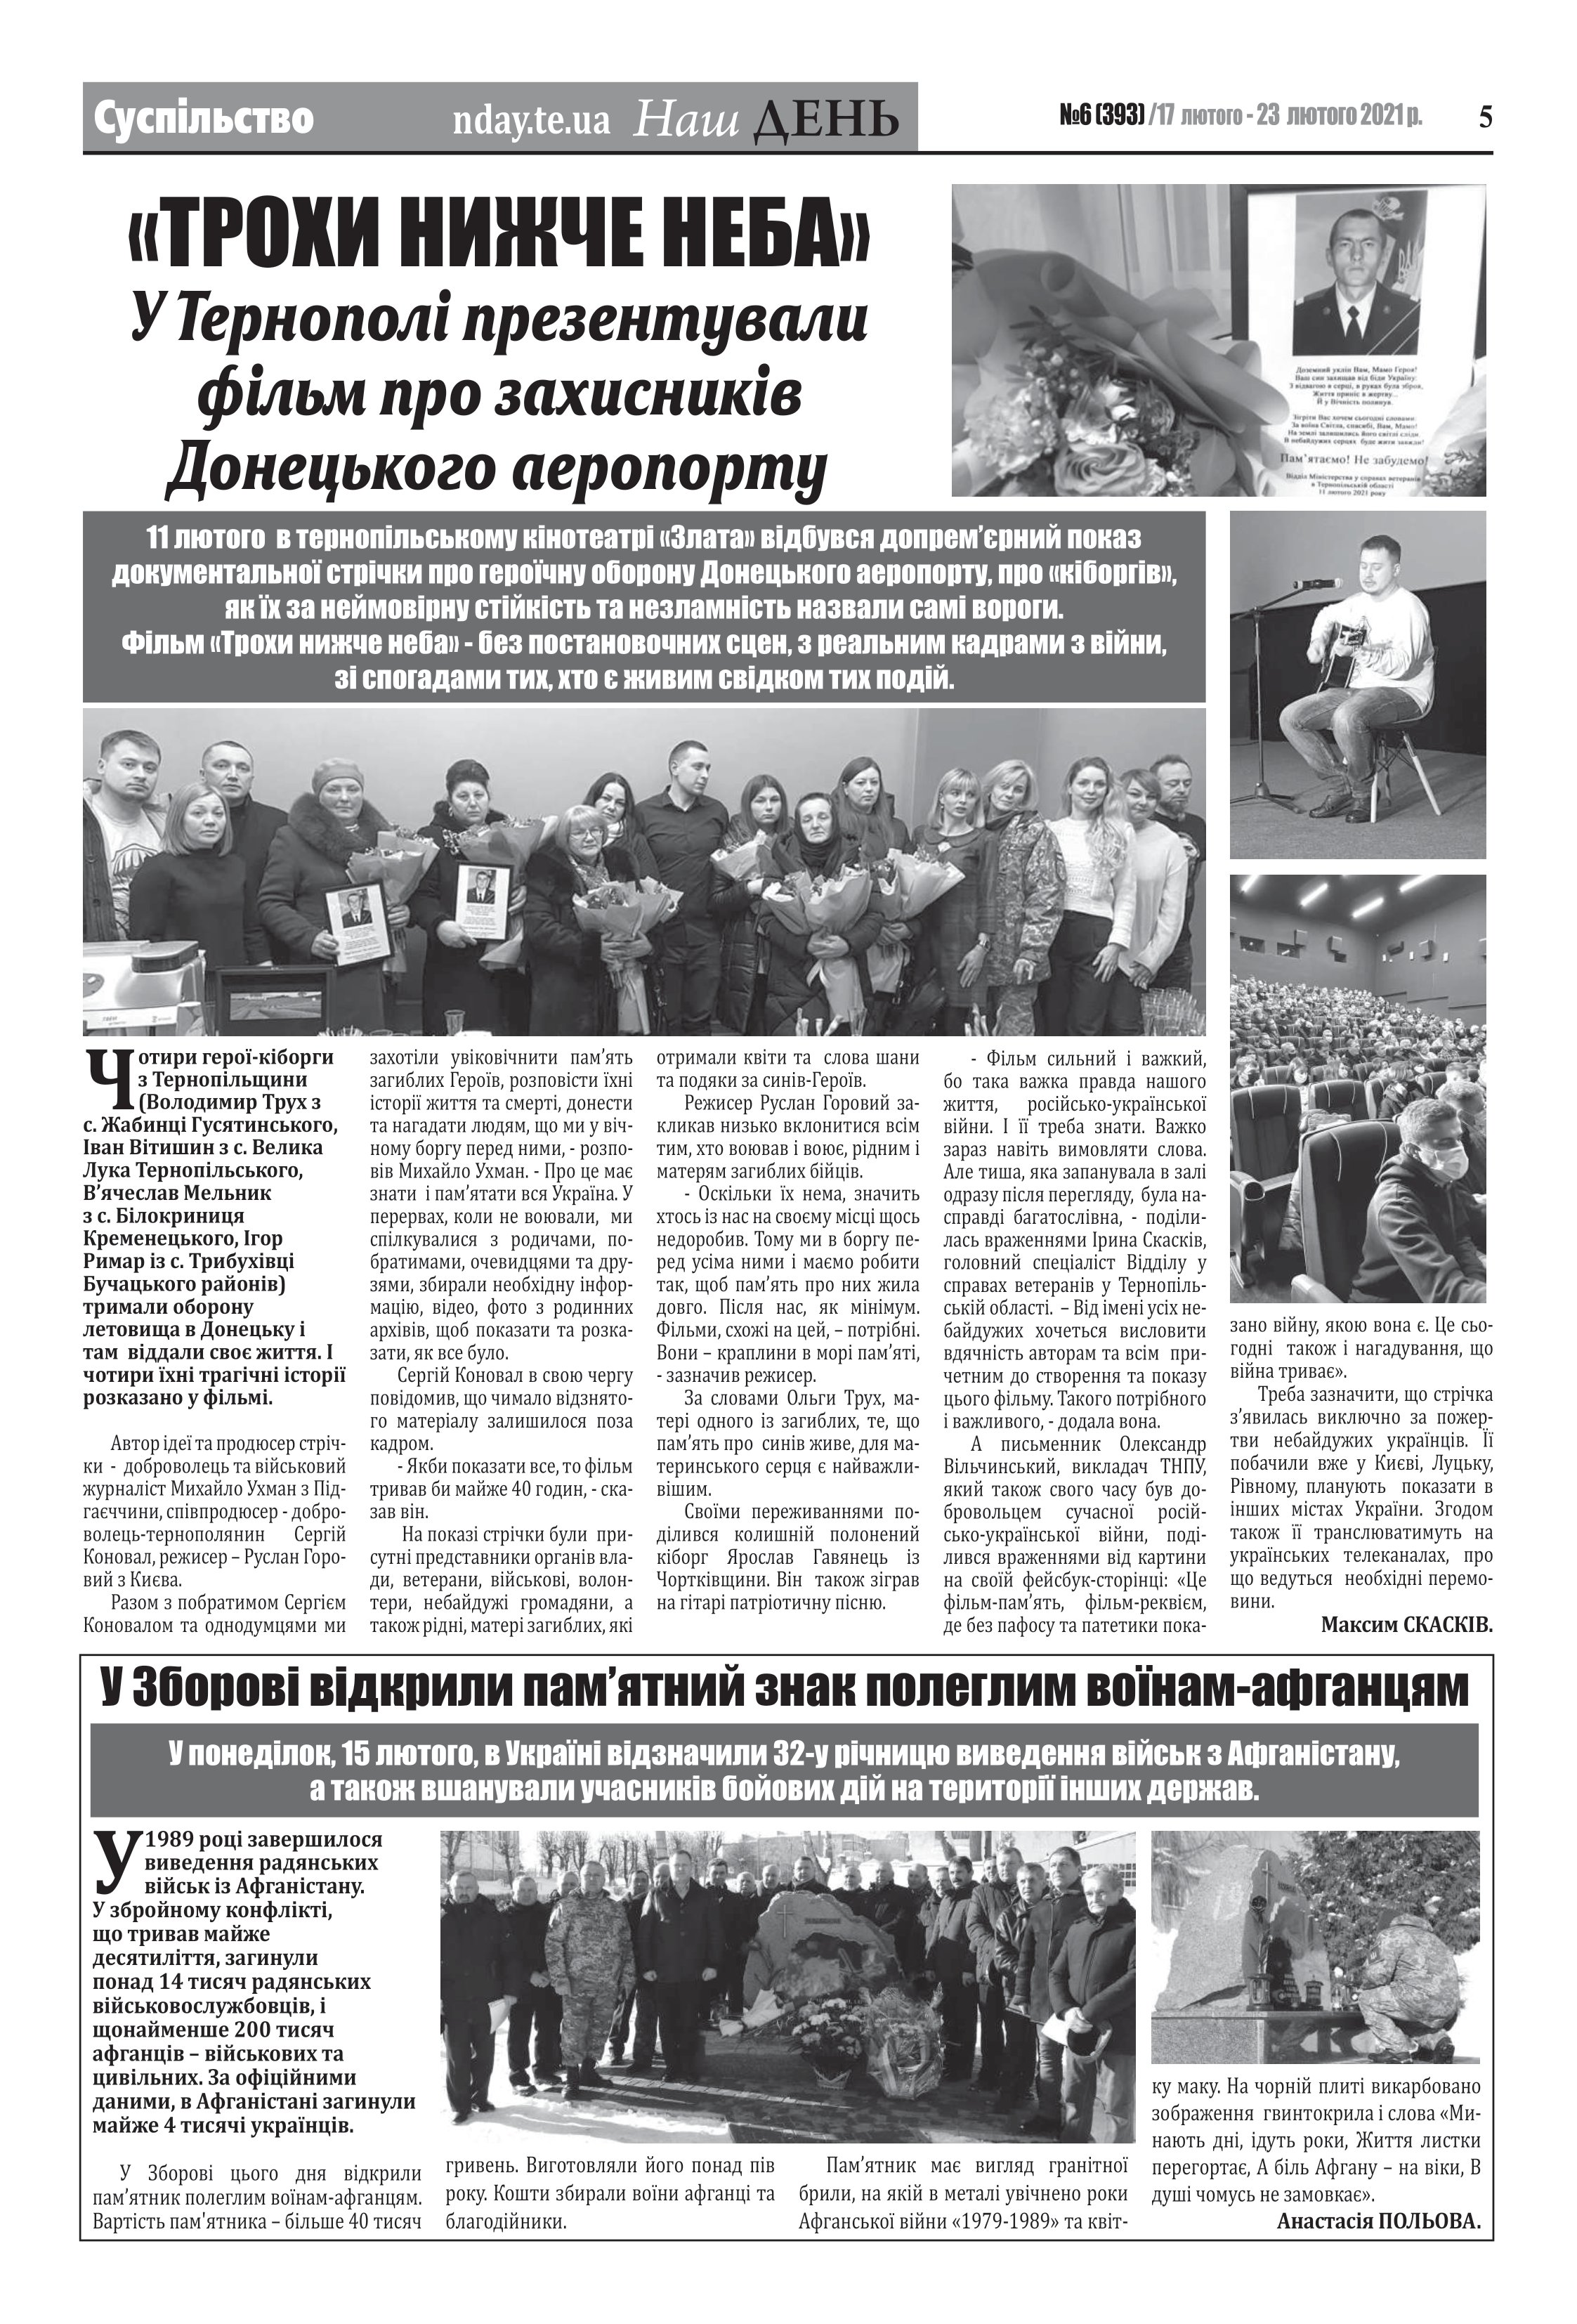
Language: uk